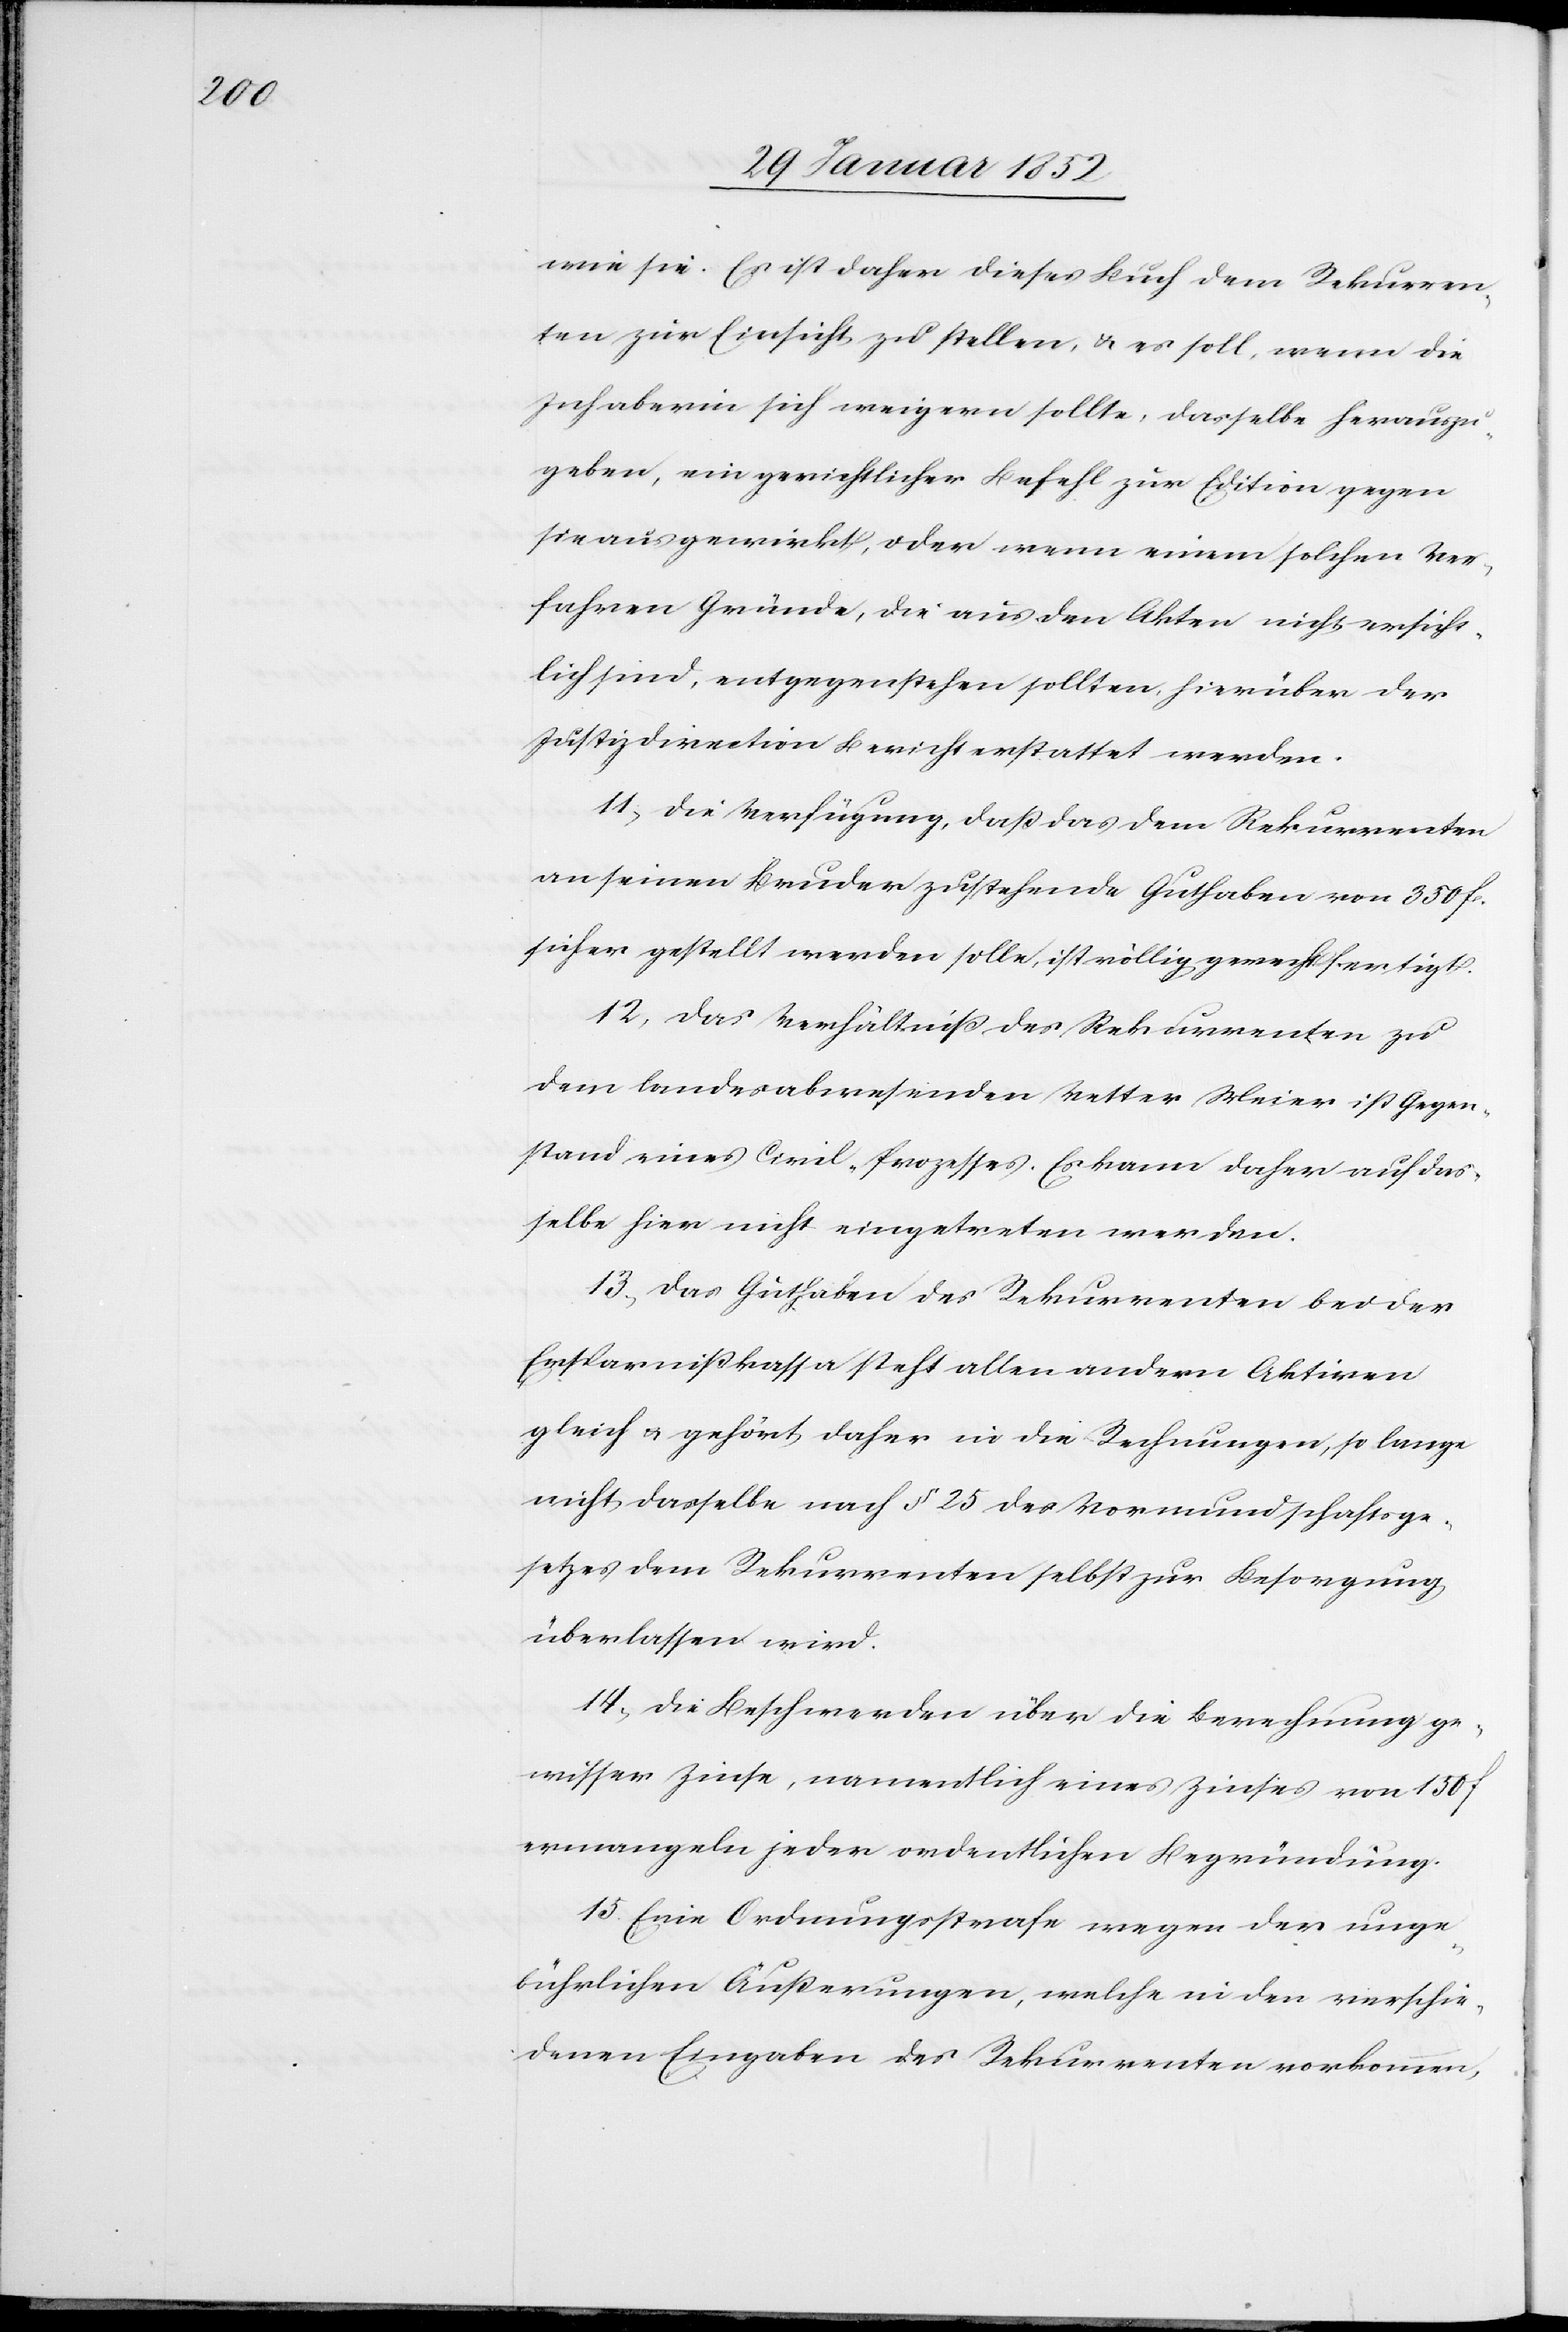
wie sie. Es ist daher dieses Buch dem Rekurren¬
ten zur Einsicht zu stellen, u. es soll, wenn die
Inhaberin sich weigern sollte, dasselbe herauszu¬
geben, ein gerichtlicher Befehl zur Edition gegen
sie ausgewirkt, oder wenn einem solchen Ver¬
fahren Gründe, die aus den Akten nicht ersicht¬
lich sind, entgegenstehen sollten, hierüber der
Justizdirection Bericht erstattet werden.
11) Die Verfügung, daß das dem Rekurrenten
an seinen Bruder zustehende Guthaben von 350 f.
sicher gestellt werden solle, ist völlig gerechtfertigt.
12) Das Verhältniß des Rekurrenten zu
dem landesabwesenden Vetter Meier ist Gegen¬
stand eines Civil-Prozesses. Es kann daher auf das¬
selbe hier nicht eingetreten werden.
13.) Das Guthaben des Rekurrenten bei der
Ersparnißkassa steht allen andern Aktiven
gleich u. gehört daher in die Rechnungen, so lange
nicht dasselbe nach § 25. des Vormundschaftsge¬
setzes dem Rekurrenten selbst zur Besorgung
überlassen wird.
14.) Die Beschwerden über die Berechnung ge¬
wisser Zinse, namentlich eines Zinses von 150 f.
ermangeln jeder ordentlichen Begründung.
15. Eine Ordnungsstrafe wegen der unge¬
bührlichen Äußerungen, welche in den verschie¬
denen Eingaben des Rekurrenten vorkommen,